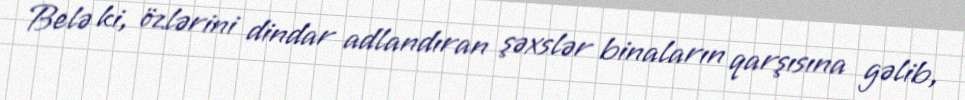
Belə ki, özlərini dindar adlandıran şəxslər binaların qarşısına gəlib,